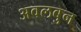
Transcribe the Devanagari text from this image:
अवलबुन